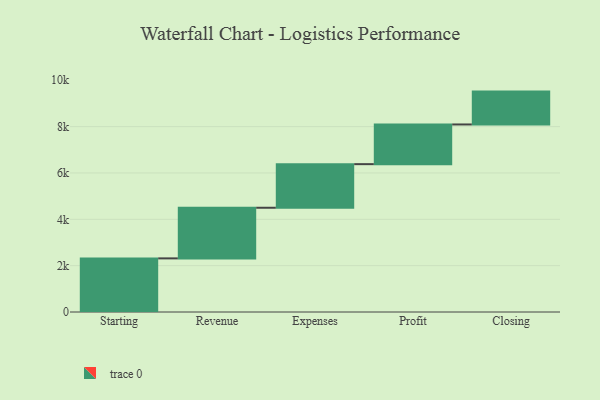
{"axis": {"x": "Step", "y": "Value"}, "legend": [""], "data": [{"x": "Starting", "y": 2314.0, "type": ""}, {"x": "Revenue", "y": 2185.0, "type": ""}, {"x": "Expenses", "y": 1882.0, "type": ""}, {"x": "Profit", "y": 1713.0, "type": ""}, {"x": "Closing", "y": 1418.0, "type": ""}]}